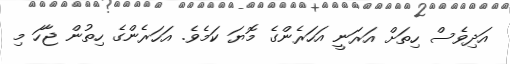
އަދިވެސް ހިތަށް އަރަނީ އަހަރެންގެ މޮޔަ ކަމެވެ. އަހަރެންގެ ހިތުން ޖާހަ މި